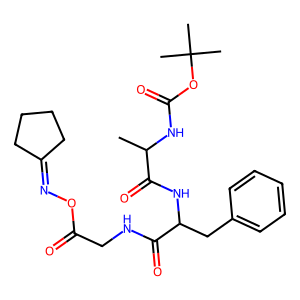
SMILES: CC(NC(=O)OC(C)(C)C)C(=O)NC(Cc1ccccc1)C(=O)NCC(=O)ON=C1CCCC1
Inhibits HIV replication: No